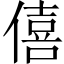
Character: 僖